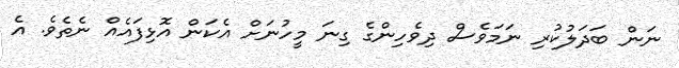
ނަން ބަދަލުކުރި ނަމަވެސް ދިވެހިންގެ ގިނަ މީހުނަށް އެކަން އޮޅިފައެއް ނެތެވެ. އެ